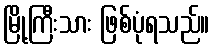
မြို့ကြီးသား ဖြစ်ပုံရသည်။